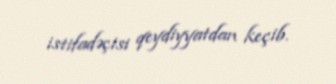
istifadəçisi qeydiyyatdan keçib.